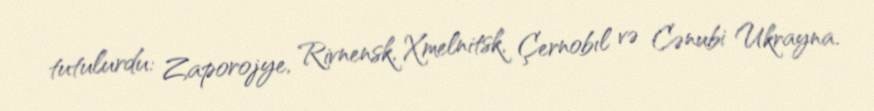
tutulurdu: Zaporojye, Rivnensk, Xmelnitsk, Çernobıl və Cənubi Ukrayna.